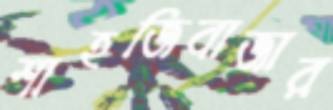
শাহজিবাজার